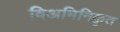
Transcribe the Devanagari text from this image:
विअमिनिकृत